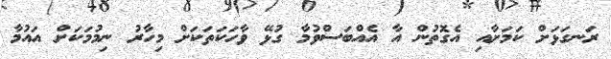
ރަނގަޅަށް ކަމަށާއި އެގޮތުން އާ އެއްބަސްވުމާ ގުޅޭ ވާހަކަތަކަށް މިހާރު ނިމުމަކަށް އައުމާ